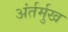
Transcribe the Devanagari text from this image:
अंर्तर्मुख